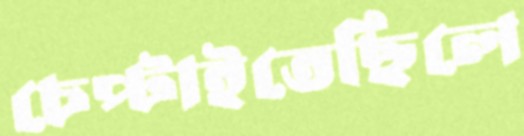
চেপ্‌টাইতেছিলে